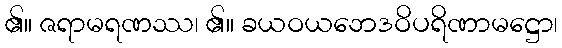
၏။ ဇရာမရဏဿ၊ ၏။ ခယဝယဘေဒဝိပရိဏာမဋ္ဌော၊